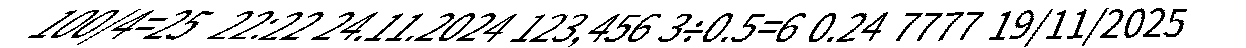
100/4=25  22:22 24.11.2024 123,456 3÷0.5=6 0.24 7777 19/11/2025